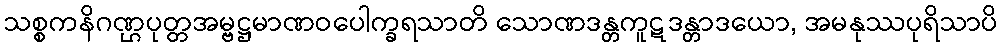
သစ္စကနိဂဏ္ဌပုတ္တအမ္ဗဋ္ဌမာဏဝပေါက္ခရသာတိ သောဏဒန္တကူဋဒန္တာဒယော, အမနုဿပုရိသာပိ